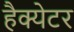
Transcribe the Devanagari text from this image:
हैक्येटर